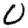
Digit: 0